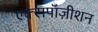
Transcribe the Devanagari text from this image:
एक्सपॉज़ीशन